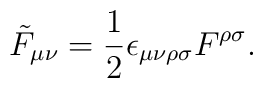
\tilde{F}_{\mu\nu}= \frac{1}{2}\epsilon_{\mu\nu\rho\sigma}F^{\rho\sigma}.